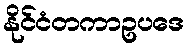
နိုင်ငံတကာဥပဒေ